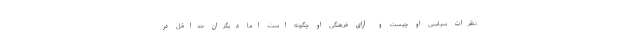
نظرات سیاسی او چیست و آرای فرهنگی او چگونه است. اما دیگران حداقل در